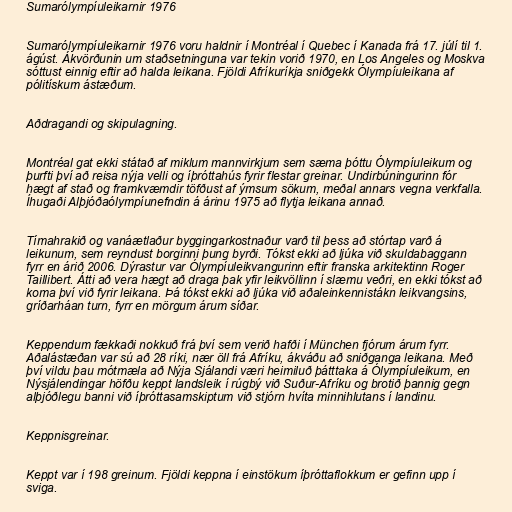
Sumarólympíuleikarnir 1976

Sumarólympíuleikarnir 1976 voru haldnir í Montréal í Quebec í Kanada frá 17. júlí til 1.
ágúst. Ákvörðunin um staðsetninguna var tekin vorið 1970, en Los Angeles og Moskva
sóttust einnig eftir að halda leikana. Fjöldi Afríkuríkja sniðgekk Ólympíuleikana af
pólitískum ástæðum.

Aðdragandi og skipulagning.

Montréal gat ekki státað af miklum mannvirkjum sem sæma þóttu Ólympíuleikum og
þurfti því að reisa nýja velli og íþróttahús fyrir flestar greinar. Undirbúningurinn fór
hægt af stað og framkvæmdir töfðust af ýmsum sökum, meðal annars vegna verkfalla.
Íhugaði Alþjóðaólympíunefndin á árinu 1975 að flytja leikana annað.

Tímahrakið og vanáætlaður byggingarkostnaður varð til þess að stórtap varð á
leikunum, sem reyndust borginni þung byrði. Tókst ekki að ljúka við skuldabaggann
fyrr en árið 2006. Dýrastur var Ólympíuleikvangurinn eftir franska arkitektinn Roger
Taillibert. Átti að vera hægt að draga þak yfir leikvöllinn í slæmu veðri, en ekki tókst að
koma því við fyrir leikana. Þá tókst ekki að ljúka við aðaleinkennistákn leikvangsins,
gríðarháan turn, fyrr en mörgum árum síðar.

Keppendum fækkaði nokkuð frá því sem verið hafði í München fjórum árum fyrr.
Aðalástæðan var sú að 28 ríki, nær öll frá Afríku, ákváðu að sniðganga leikana. Með
því vildu þau mótmæla að Nýja Sjálandi væri heimiluð þátttaka á Ólympíuleikum, en
Nýsjálendingar höfðu keppt landsleik í rúgbý við Suður-Afríku og brotið þannig gegn
alþjóðlegu banni við íþróttasamskiptum við stjórn hvíta minnihlutans í landinu.

Keppnisgreinar.

Keppt var í 198 greinum. Fjöldi keppna í einstökum íþróttaflokkum er gefinn upp í
sviga.